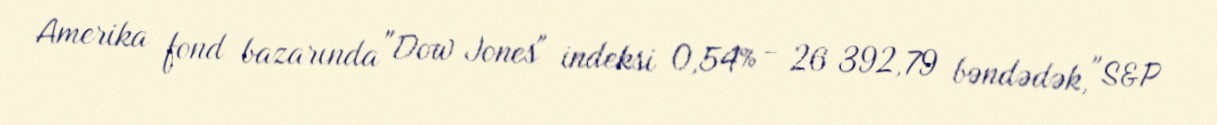
Amerika fond bazarında "Dow Jones" indeksi 0,54% - 26 392,79 bəndədək, "S&P